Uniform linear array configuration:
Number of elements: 16
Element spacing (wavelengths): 0.75
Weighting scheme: binomial
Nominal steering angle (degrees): -15
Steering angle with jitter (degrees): -15.459
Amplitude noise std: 0.05
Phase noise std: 0.05

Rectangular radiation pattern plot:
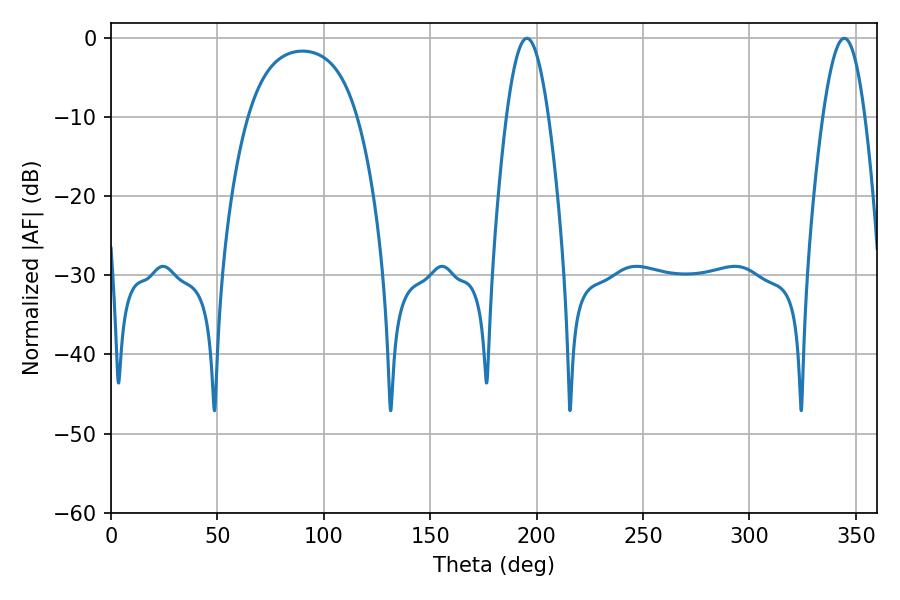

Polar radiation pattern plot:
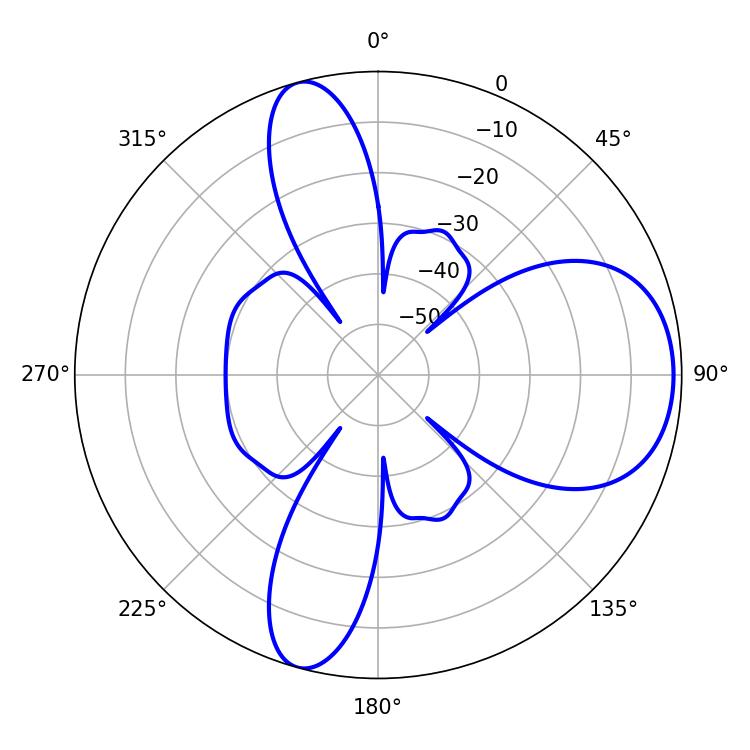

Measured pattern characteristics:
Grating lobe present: TRUE
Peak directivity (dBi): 8.214
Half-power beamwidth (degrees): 10.8
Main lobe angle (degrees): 195.48